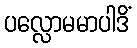
ပလ္လောမမာပါဒိံ